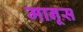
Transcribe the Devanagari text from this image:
मानूस